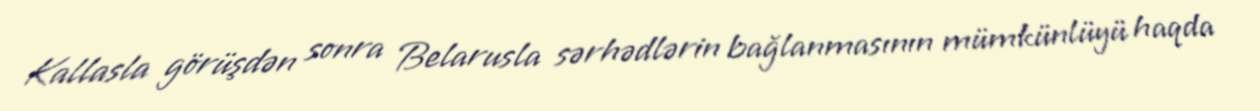
Kallasla görüşdən sonra Belarusla sərhədlərin bağlanmasının mümkünlüyü haqda